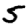
Digit: 5